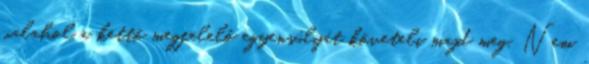
valahol a kettő megfelelő egyensúlyát követeli majd meg. Nem